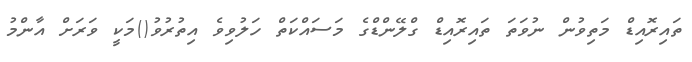
ތައިރޮއިޑް މަތިވުން ނުވަތަ ތައިރޮއިޑް ގްލޭންޑްގެ މަސައްކަތް ހަލުވިވެ އިތުރުވު()މަކީ ވަރަށް އާންމު